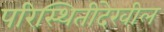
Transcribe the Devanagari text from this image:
परिस्थितीदेखील